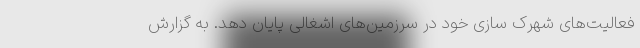
فعالیت‌های شهرک سازی خود در سرزمین‌های اشغالی پایان دهد. به گزارش